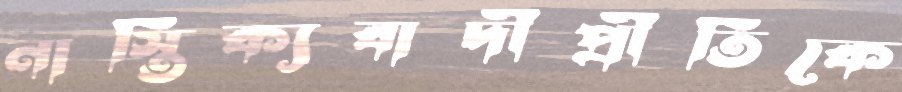
নাস্তিক্যবাদীপ্রীতিকে